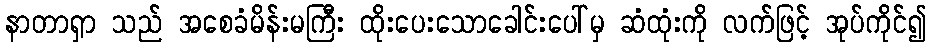
နာတာရှာ သည် အစေခံမိန်းမကြီး ထိုးပေးသောခေါင်းပေါ်မှ ဆံထုံးကို လက်ဖြင့် အုပ်ကိုင်၍